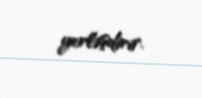
yerləşdirir.